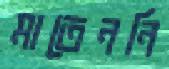
মাতেননি